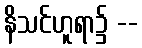
နိသင်ဟူရာ၌ --